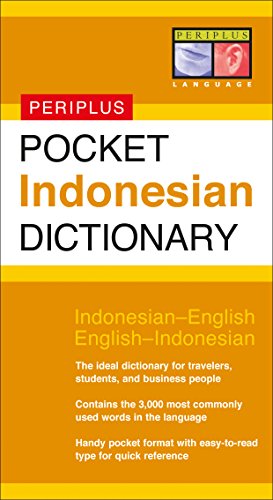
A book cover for Pocket Indonesian Dictionary: Indonesian-English English-Indonesian (Periplus Pocket Dictionaries); Zane Goebel; Travel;